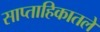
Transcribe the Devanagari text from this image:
साप्ताहिकातले